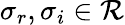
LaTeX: \sigma_{r},\sigma_{i}\in\mathcal{R}